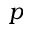
p